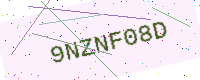
Text: 9NZNF08D